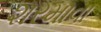
શરમાવા